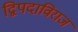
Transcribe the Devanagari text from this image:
द्विपदाविराज